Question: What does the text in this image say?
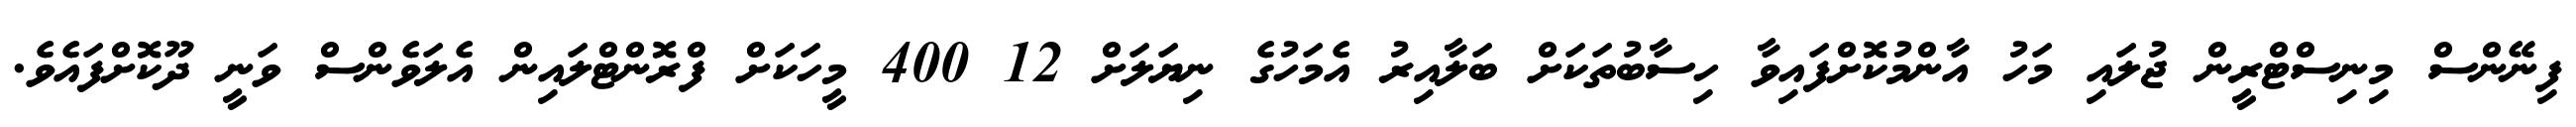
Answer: ފިނޭންސް މިނިސްޓްރީން ޖުލައި މަހު އާންމުކޮށްފައިވާ ހިސާބުތަކަށް ބަލާއިރު އެމަހުގެ ނިޔަލަށް 12 400 މީހަކަށް ފްރޮންޓްލައިން އެލަވެންސް ވަނީ ދޫކޮށްފައެވެ.